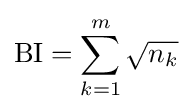
{\mbox{BI}}=\sum _{k=1}^{m}{\sqrt {n_{k}}}